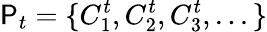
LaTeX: \mathsf{P}_{t}=\{ C_{1}^{t},C_{2}^{t},C_{3}^{t},...\}